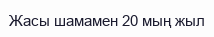
Жасы шамамен 20 мың жыл